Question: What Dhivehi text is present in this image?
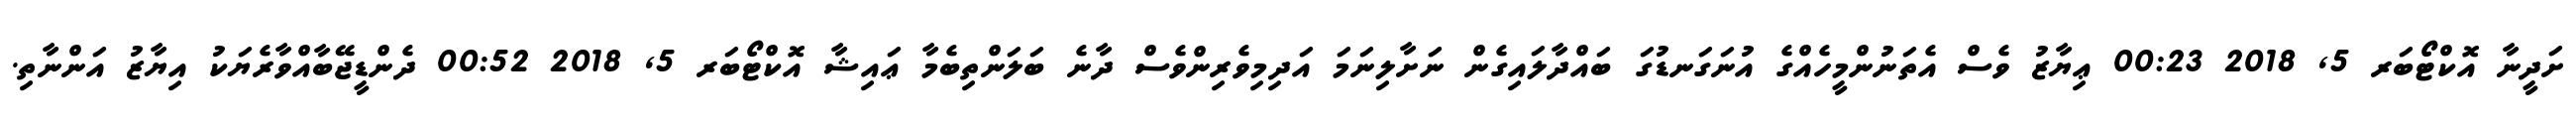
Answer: ށަދީނާ އޮކްޓޯބަރ 5, 2018 00:23 ޢިޔާޒު ވެސް އެތަނުންމީހެއްގެ އުނަގަނޑުގަ ބައްދާލައިގެން ނަށާލިނަމަ އަދިމިވެރިންވެސް ދާނެ ބަލަންތިބެމާ ޢައިޝާ އޮކްޓޯބަރ 5, 2018 00:52 ދެންޑީޖޭބާއްވާރެޔަކު އިޔާޒު އަންނާތި.